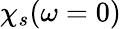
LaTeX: \chi_{s}(\omega=0)